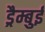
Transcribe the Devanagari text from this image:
ड्रैम्बुई